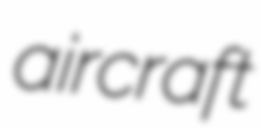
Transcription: aircraft